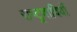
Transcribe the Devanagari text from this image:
राष्‍ट्रवादियों